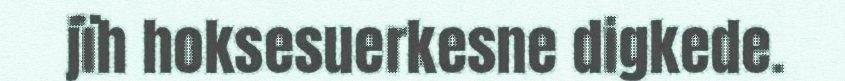
jïh hoksesuerkesne digkede.